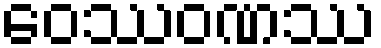
ဝေဿဝဏဿ